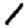
Digit: 1